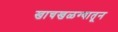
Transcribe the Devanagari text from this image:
खाचखळग्यातून